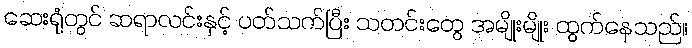
ဆေးရုံတွင် ဆရာလင်းနှင့် ပတ်သက်ပြီး သတင်းတွေ အမျိုးမျိုး ထွက်နေသည်။